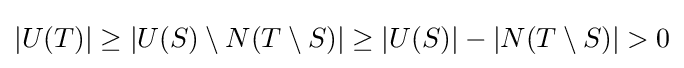
|U(T)|\geq |U(S)\setminus N(T\setminus S)|\geq |U(S)|-|N(T\setminus S)|>0